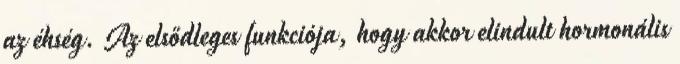
az éhség. Az elsődleges funkciója, hogy akkor elindult hormonális